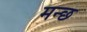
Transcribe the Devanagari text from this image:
मन्छ